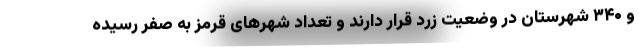
و ۳۴۰ شهرستان در وضعیت زرد قرار دارند و تعداد شهرهای قرمز به صفر رسیده